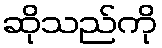
ဆိုသည်ကို